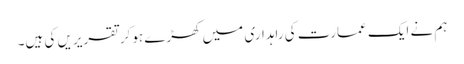
ہم نے ایک عمارت کی راہداری میں کھڑے ہوکر تقریریں کی ہیں۔